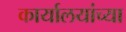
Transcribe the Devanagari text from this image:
कार्यालयांच्या